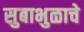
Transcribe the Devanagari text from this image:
सुबाभुळाचे